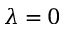
\lambda = 0